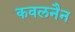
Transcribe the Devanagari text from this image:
कवलनैन